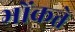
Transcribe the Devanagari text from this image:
भोंकते